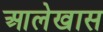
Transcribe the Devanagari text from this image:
आलेखास